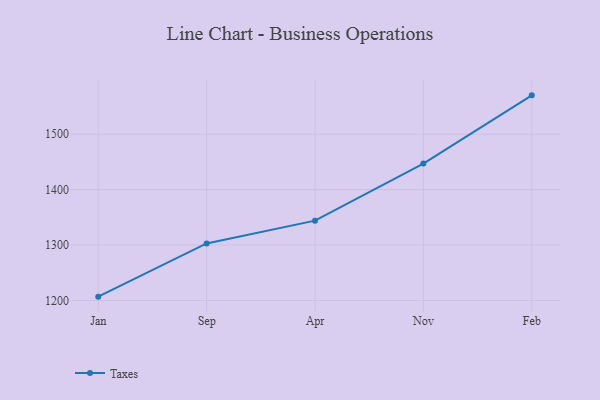
{"axis": {"x": "Month", "y": "Net Income (USD K)"}, "legend": ["Taxes"], "data": [{"x": "Jan", "y": 1206.9, "type": "Taxes"}, {"x": "Sep", "y": 1302.9, "type": "Taxes"}, {"x": "Apr", "y": 1344.1, "type": "Taxes"}, {"x": "Nov", "y": 1447.0, "type": "Taxes"}, {"x": "Feb", "y": 1570.2, "type": "Taxes"}]}